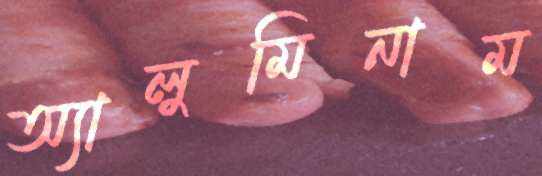
অ্যালুমিনাম